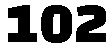
102